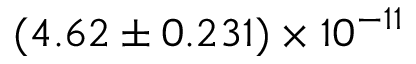
( 4 . 6 2 \pm 0 . 2 3 1 ) \times 1 0 ^ { - 1 1 }